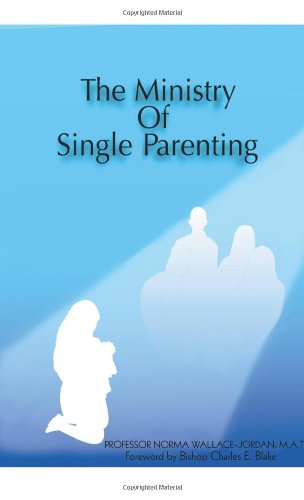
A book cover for The Ministry of Single Parenting; Norma Jordan; Parenting & Relationships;